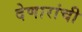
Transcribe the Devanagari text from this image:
देणारांची